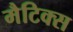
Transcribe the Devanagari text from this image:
मैटिक्स